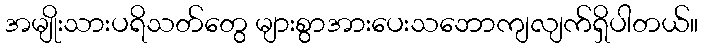
အမျိုးသားပရိသတ်တွေ များစွာအားပေးသဘောကျလျက်ရှိပါတယ်။